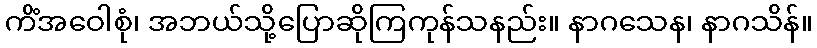
ကိံအဝေါစုံ၊ အဘယ်သို့ပြောဆိုကြကုန်သနည်း။ နာဂသေန၊ နာဂသိန်။